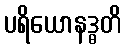
ပရိယောနဒ္ဓတိ